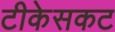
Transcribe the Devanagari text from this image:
टीकेसकट